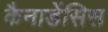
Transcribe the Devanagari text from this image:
कैनाडेंसिस